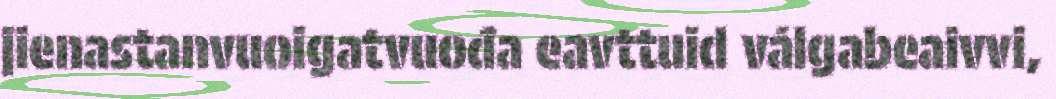
jienastanvuoigatvuođa eavttuid válgabeaivvi,